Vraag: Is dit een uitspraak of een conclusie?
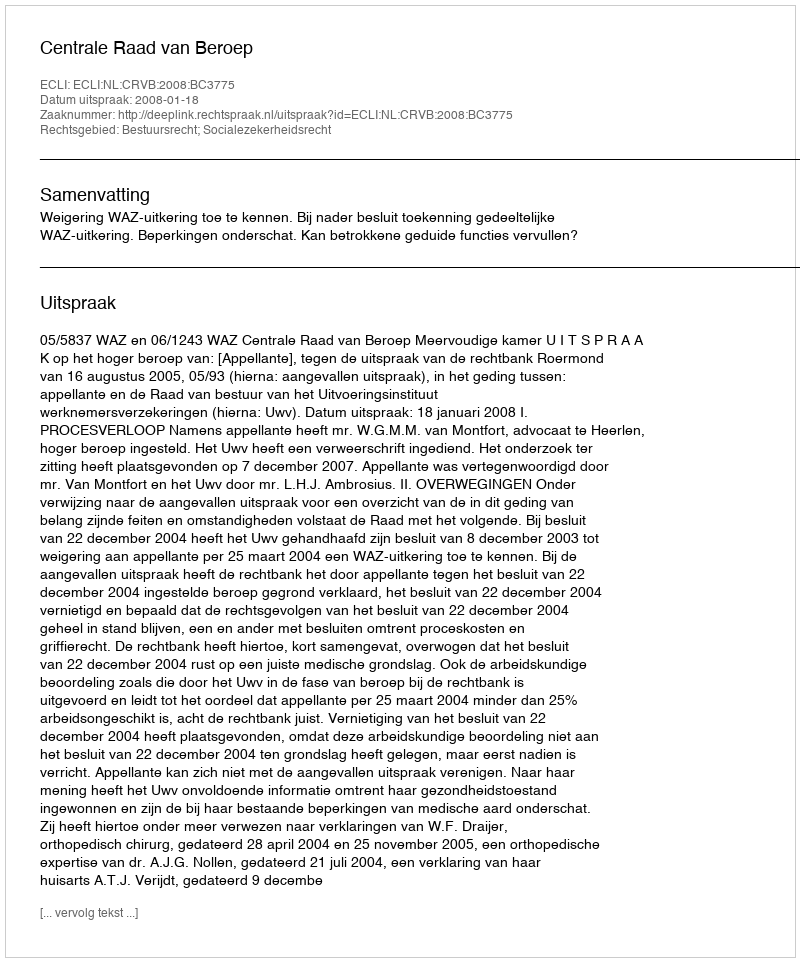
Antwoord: Uitspraak